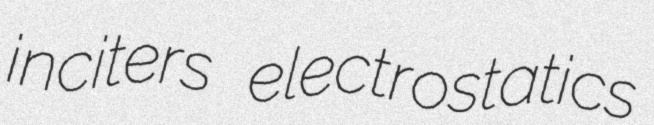
inciters electrostatics